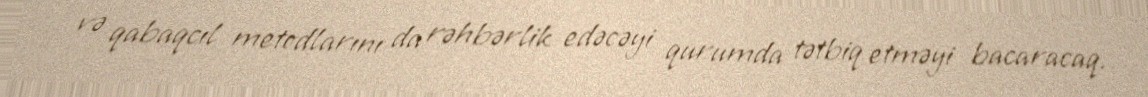
və qabaqcıl metodlarını da rəhbərlik edəcəyi qurumda tətbiq etməyi bacaracaq.